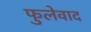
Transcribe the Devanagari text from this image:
फुलेवाद